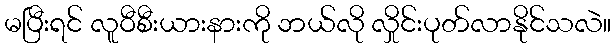
မပြီးရင် လူဝီစီးယားနားကို ဘယ်လို လှိုင်းပုတ်လာနိုင်သလဲ။